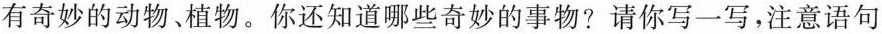
有奇妙的动物、植物。你还知道哪些奇妙的事物?请你写一写，注意语句